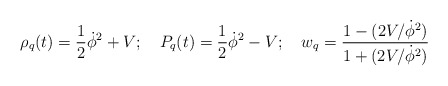
\begin{align*}\rho_q(t) = \frac{1}{2} \dot\phi^2 + V; \quad P_q(t) = \frac{1}{2} \dot\phi^2 - V; \quad w_q = \frac{1-(2V/\dot\phi^2)}{1+ (2V/\dot\phi^2)} \end{align*}